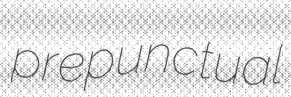
prepunctual